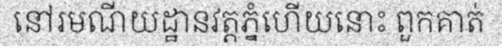
នៅរមណីយដ្ឋានវត្តភ្នំហើយនោះ ពួកគាត់